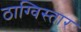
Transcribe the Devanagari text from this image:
ठाग्विस्तार